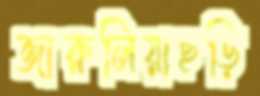
জারুলিয়াছড়ি